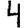
Digit: 4